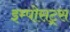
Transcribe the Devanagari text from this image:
इम्पोसट्र्स